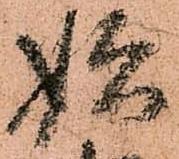
始